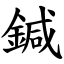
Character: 鍼